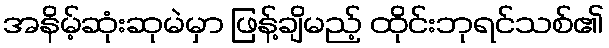
အနိမ့်ဆုံးဆုမဲမှာ ဖြန့်ချိမည့် ထိုင်းဘုရင်သစ်၏